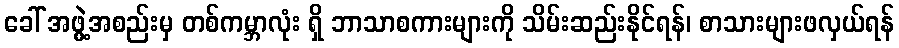
ခေါ် အဖွဲ့အစည်းမှ တစ်ကမ္ဘာလုံး ရှိ ဘာသာစကားများကို သိမ်းဆည်းနိုင်ရန်၊ စာသားများဖလှယ်ရန်